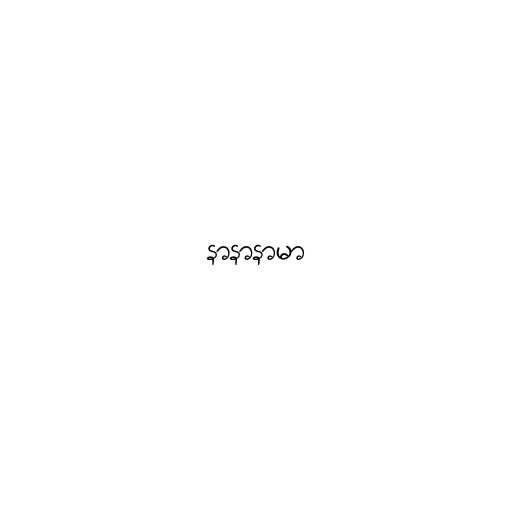
နာနာနာမာ